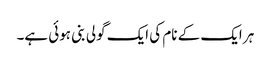
ہر ایک کے نام کی ایک گولی بنی ہوئی ہے۔